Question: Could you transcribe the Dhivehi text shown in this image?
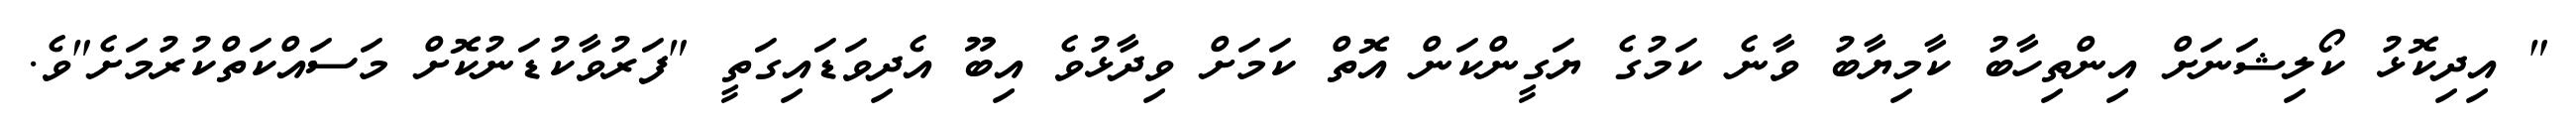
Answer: " އިދިކޮޅު ކޯލިޝަނަށް އިންތިހާބު ކާމިޔާބު ވާނެ ކަމުގެ ޔަގީންކަން އޮތް ކަމަށް ވިދާޅުވެ އިބޫ އެދިވަޑައިގަތީ "ފަރުވާކުޑަނުކޮށް މަސައްކަތްކުރުމަށެ"ވެ.